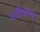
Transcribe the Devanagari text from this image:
महिन्द्रगड